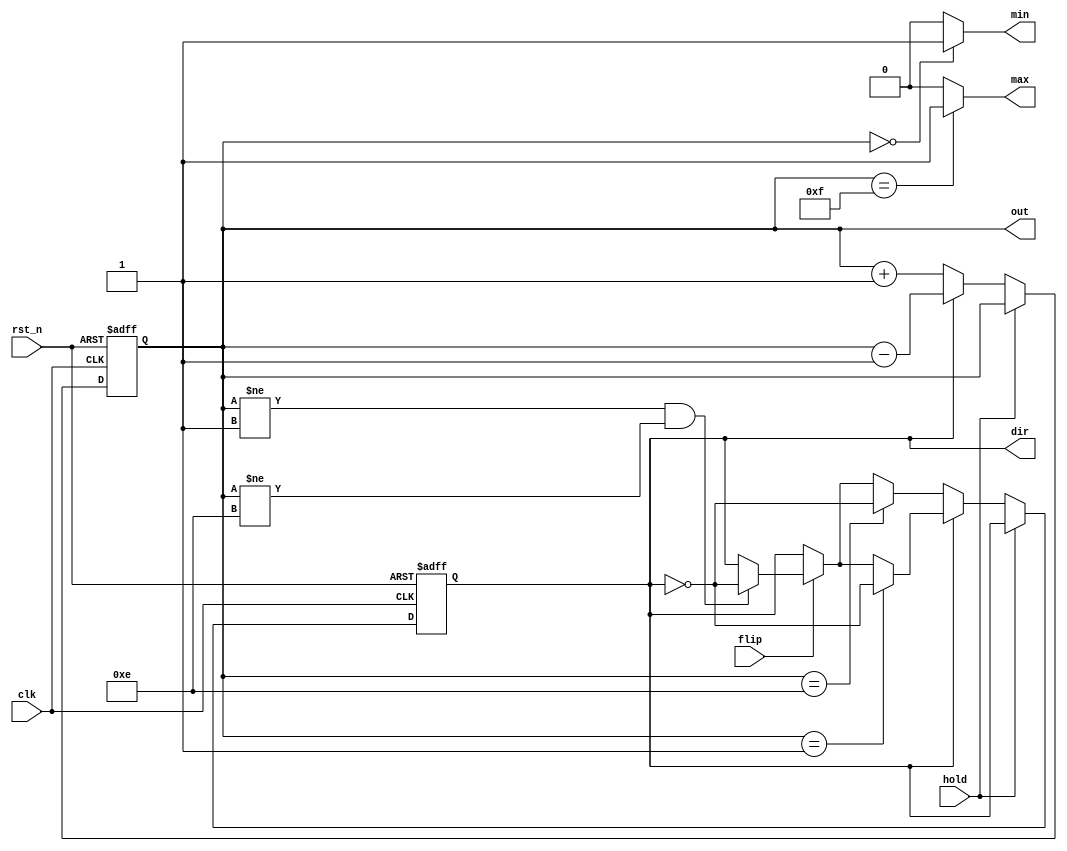
module pingpong(clk, rst_n, out, hold, flip, dir, max, min);
	input clk;
	input rst_n;
	input hold;
	input flip;
	output [3:0] out;
	output dir;
	output max;
	output min;
	reg [3:0] counter = 4'b0000;
	reg dir = 1'b0;
	
	always @ (posedge clk, negedge rst_n) begin
		if (rst_n == 0) begin
			counter <= 4'b0000;
			dir <= 0;
		end

		else if (hold == 1) begin
			counter <= counter; //hold
		end

		else begin
			if (flip == 1) begin
				if (counter != 4'b0001 && counter != 4'b1110) begin 
					dir <= ~dir; //flip
				end
			end

			if (dir == 1'b0) begin
				counter <= counter + 1; //++
				if (counter == 4'b1110) begin
					dir <= ~dir;
				end
			end

			else if (dir == 1'b1) begin
				counter <= counter - 1; //--
				if (counter == 4'b0001) begin
					dir <= ~dir;
				end
			end
		end
	end
	
	assign max = (counter == 4'b1111) ? 1 : 0;
	assign min = (counter == 4'b0000) ? 1 : 0;
	assign out = counter;
endmodule